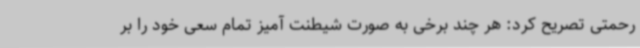
رحمتی تصریح کرد: هر چند برخی به صورت شیطنت آمیز تمام سعی خود را بر